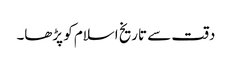
دقت سے تاریخ اسلام کو پڑھا۔